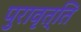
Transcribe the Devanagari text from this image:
पुरावृत्ति